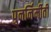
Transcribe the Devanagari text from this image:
पुनर्निर्मीती